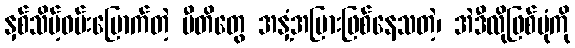
နှစ်သိမ့်ဝမ်းမြောက်တဲ့ ပီတိတွေ အနှံ့အပြားဖြစ်နေသတဲ့၊ အဲဒီလိုဖြစ်ပုံကို